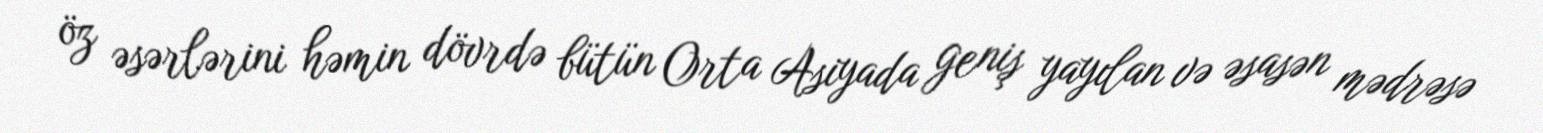
öz əsərlərini həmin dövrdə bütün Orta Asiyada geniş yayılan və əsasən mədrəsə